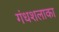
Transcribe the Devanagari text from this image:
गंधशलाका